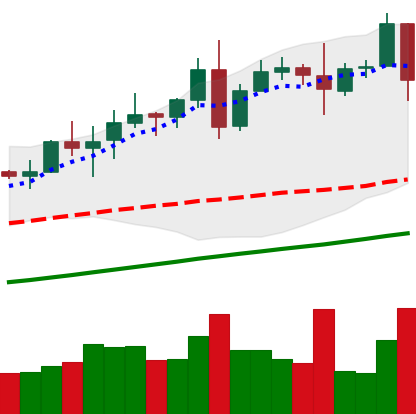
Ticker: TRX-USD
Chart end date: 2020-08-11
Forward return: 39.937%
Label: up_7plus